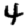
Digit: 4